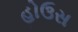
હોઉસ